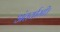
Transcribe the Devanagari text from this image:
अंतर्यामी।